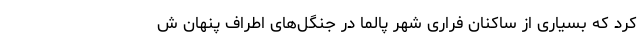
کرد که بسیاری از ساکنان فراری شهر پالما در جنگل‌های اطراف پنهان ش